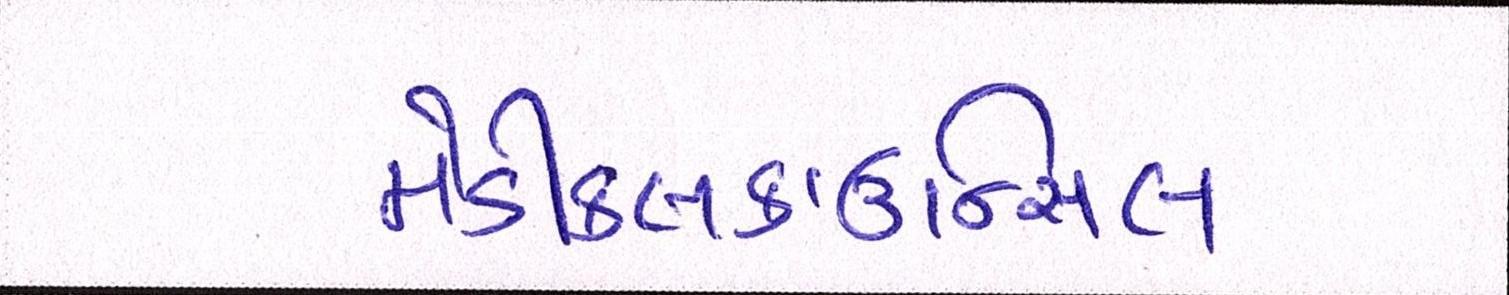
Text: મેડીકલકાઉન્સિલ